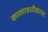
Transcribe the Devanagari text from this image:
कालावधीकरता